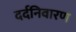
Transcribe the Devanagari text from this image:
दर्दनिवारण